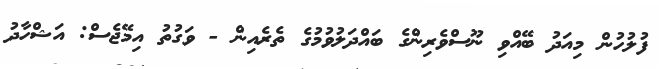
ފުލުހުން މިއަދު ބޭއްވި ނޫސްވެރިންގެ ބައްދަލުވުމުގެ ތެރެއިން - ވަގުތު އިމޭޖެސް: އަޝްހާދު